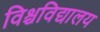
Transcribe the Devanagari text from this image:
विश्चविद्यालय